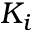
K _ { i }